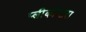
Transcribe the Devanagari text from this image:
प्लीकॉप्टरा